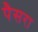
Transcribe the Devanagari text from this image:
पैसरा